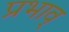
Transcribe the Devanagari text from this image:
प्रभाव्